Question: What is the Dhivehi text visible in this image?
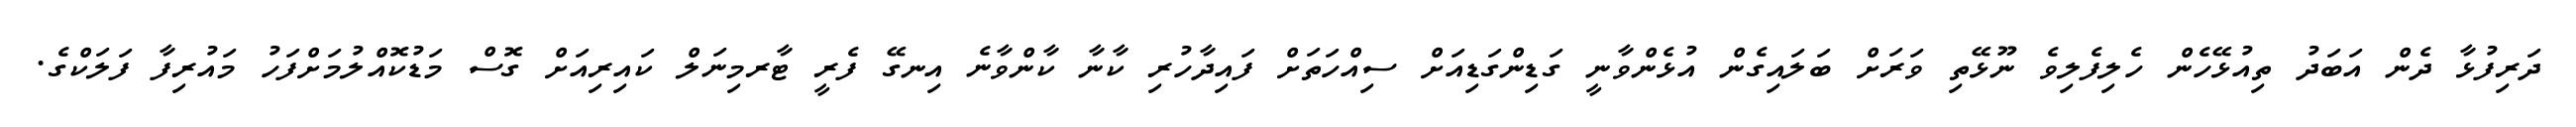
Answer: ދަރިފުޅާ ދެން އަބަދު ތިއުޅޭހެން ހެލިފެލިވެ ނޫޅޭތި ވަރަށް ބަލައިގެން އުޅެންވާނީ ގަޑިންގަޑިއަށް ސިއްހަތަށް ފައިދާހުރި ކާނާ ކާންވާނެ އިނގޭ ފެރީ ޓާރމިނަލް ކައިރިއަށް ގޮސް މަޑުކޮއްލުމަށްފަހު މައުރިފާ ފަލަކްގެ.